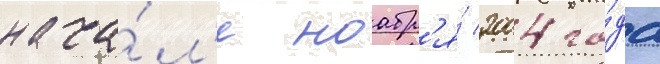
нача́л'е ноабр'я́ 2004 го́да